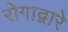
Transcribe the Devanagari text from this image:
रोगाद्वारे